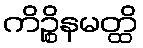
ကိဉ္စိနမတ္ထိ